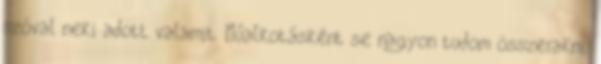
szóval neki adott valamit. Műalkotásként se nagyon tudom összerakni.